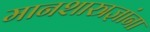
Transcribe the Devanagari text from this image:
मानशास्त्रज्ञांना